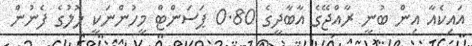
އައިކެއާ އިން ބުނީ ރާއްޖޭގެ އާބާދީގެ 0.80 ޕަސަންޓް މީހުންނަކީ ލޮލުގެ ފެނުން